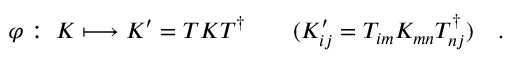
\varphi : \; K \longmapsto K ^ { \prime } = T K T ^ { \dagger } \qquad ( K _ { i j } ^ { \prime } = T _ { i m } K _ { m n } T _ { n j } ^ { \dagger } ) \quad .